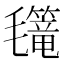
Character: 𣰳